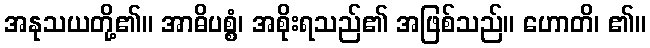
အနုသယတို့၏။ အာဓိပစ္စံ၊ အစိုးရသည်၏ အဖြစ်သည်။ ဟောတိ၊ ၏။